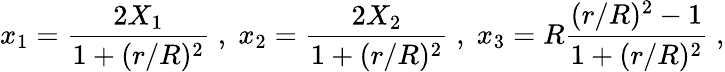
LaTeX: x_{1}=\frac{2X_{1}}{1+(r/R)^{2}}\; ,\; x_{2}=\frac{2X_{2}}{1+(r/R)^{2}}\; ,\; x_{3}=R\frac{(r/R)^{2}-1}{1+(r/R)^{2}}\; ,